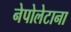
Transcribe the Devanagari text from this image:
नेपोलेटाना